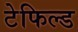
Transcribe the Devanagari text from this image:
टेफिल्ड